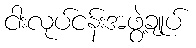
ငါးလုပ်ငန်းအဖွဲ့ချုပ်